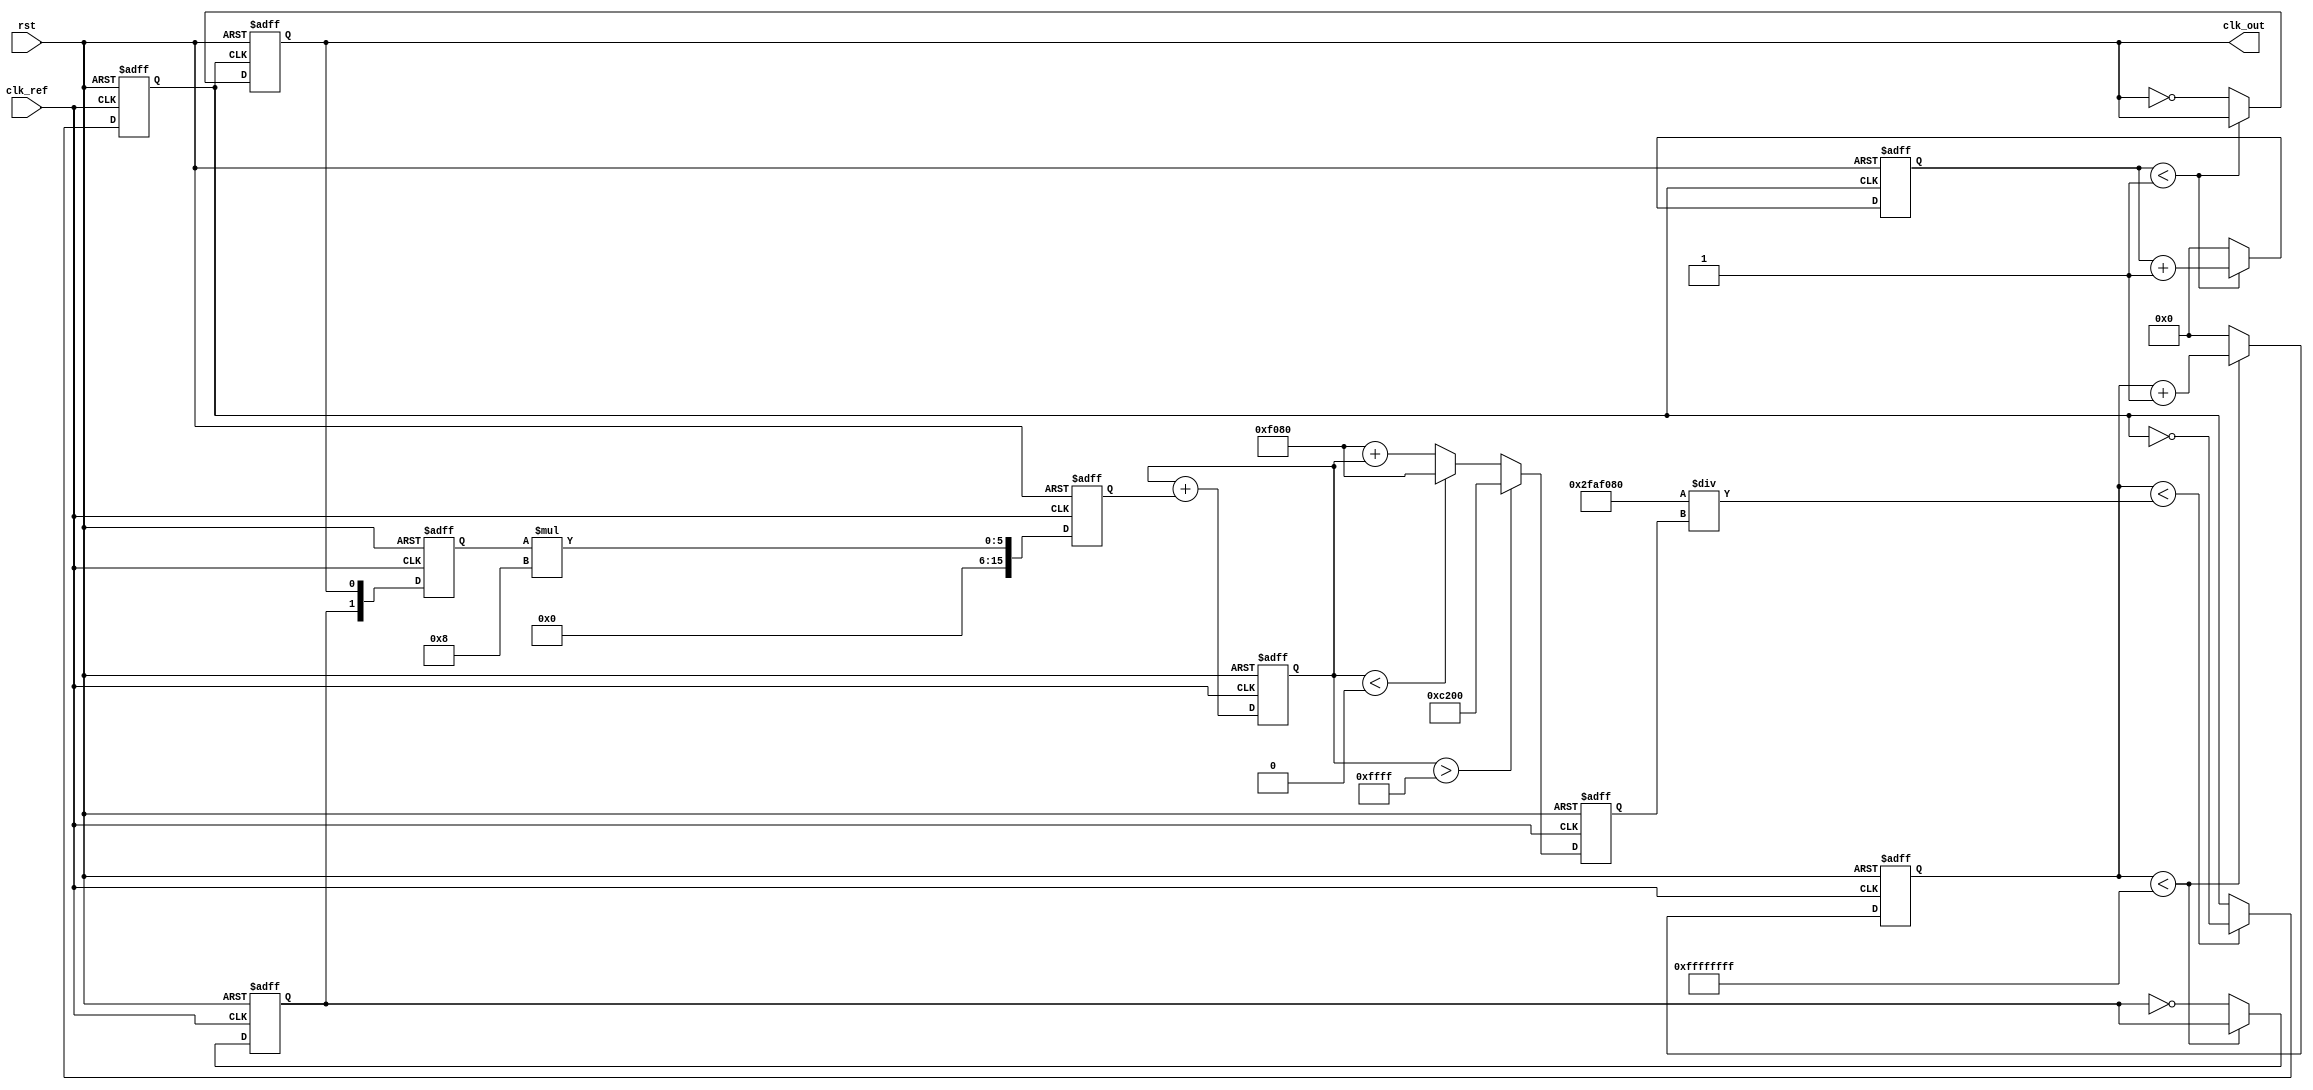
module parameterized_PLL #(
    parameter F_ref = 50_000_000, // Reference clock frequency (Hz)
    parameter F_out = 100_000_000, // Desired output clock frequency (Hz)
    parameter N = F_out / F_ref, // Division ratio
    parameter LF_gain = 8, // Loop filter gain
    parameter VCO_max_freq = 200_000_000, // Max VCO frequency (Hz)
    parameter VCO_min_freq = 50_000_000   // Min VCO frequency (Hz)
)(
    input wire clk_ref, // Reference clock input
    input wire rst,     // Reset signal
    output reg clk_out  // Output clock
);

    // Phase Detector (PD)
    reg [1:0] phase_error; // Phase error signal
    reg clk_div; // Divided clock signal

    // Loop Filter (LF)
    reg [15:0] error_signal; // Error signal from the PD
    reg [15:0] control_voltage; // Control voltage to VCO

    // Voltage-Controlled Oscillator (VCO)
    reg [15:0] vco_frequency; // Current VCO frequency
    reg vco_clk; // VCO output clock

    // Divider
    reg [31:0] counter; // Counter for division
    reg [31:0] div_counter; // Divider counter

    // Phase Detector Implementation
    always @(posedge clk_ref or posedge rst) begin
        if (rst) begin
            phase_error <= 2'b00;
        end else begin
            // Simple phase comparison logic (XOR)
            phase_error <= {clk_div, clk_out};
        end
    end

    // Loop Filter Implementation
    always @(posedge clk_ref or posedge rst) begin
        if (rst) begin
            error_signal <= 16'b0;
            control_voltage <= 16'b0;
        end else begin
            // Simple proportional control for loop filter
            error_signal <= {14'b0, phase_error} * LF_gain;
            control_voltage <= control_voltage + error_signal;
        end
    end

    // VCO Implementation
    always @(posedge clk_ref or posedge rst) begin
        if (rst) begin
            vco_frequency <= VCO_min_freq;
            vco_clk <= 0;
        end else begin
            // Adjust VCO frequency based on control voltage
            if (control_voltage > 16'hFFFF) begin
                vco_frequency <= VCO_max_freq;
            end else if (control_voltage < 16'h0000) begin
                vco_frequency <= VCO_min_freq;
            end else begin
                vco_frequency <= VCO_min_freq + control_voltage;
            end
            // Generate VCO clock based on frequency
            vco_clk <= (counter < (F_ref / vco_frequency)) ? ~vco_clk : vco_clk;
        end
    end

    // Clock Divider Implementation
    always @(posedge vco_clk or posedge rst) begin
        if (rst) begin
            div_counter <= 0;
            clk_out <= 0;
        end else begin
            if (div_counter < N - 1) begin
                div_counter <= div_counter + 1;
            end else begin
                div_counter <= 0;
                clk_out <= ~clk_out; // Toggle output clock
            end
        end
    end

    // Divide output clock for feedback
    always @(posedge clk_ref or posedge rst) begin
        if (rst) begin
            counter <= 0;
            clk_div <= 0;
        end else begin
            if (counter < (F_ref / F_out) - 1) begin
                counter <= counter + 1;
            end else begin
                counter <= 0;
                clk_div <= ~clk_div; // Toggle divided clock
            end
        end
    end

endmodule